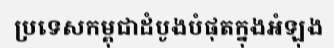
ប្រទេសកម្ពុជាដំបូងបំផុតក្នុងអំឡុង